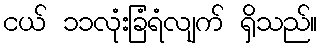
ငယ် ၁၁လုံးခြံရံလျက် ရှိသည်။